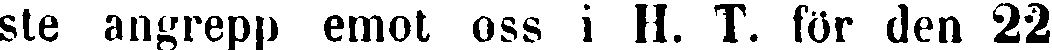
ste angrepp emot oss i H. T. för den 22